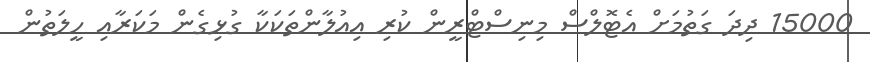
15000 ދިދަ ގަތުމަށް އެޓޮލްސް މިނިސްޓްރީން ކުރި އިއުލާންތަކަކާ ގުޅިގެން މަކަރާއި ހީލަތުން